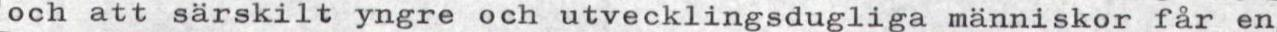
och att särskilt yngre och utvecklingsdugliga människor får en